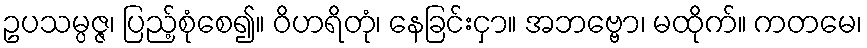
ဥပသမ္ပဇ္ဇ၊ ပြည့်စုံစေ၍။ ဝိဟရိတုံ၊ နေခြင်းငှာ။ အဘဗ္ဗော၊ မထိုက်။ ကတမေ၊